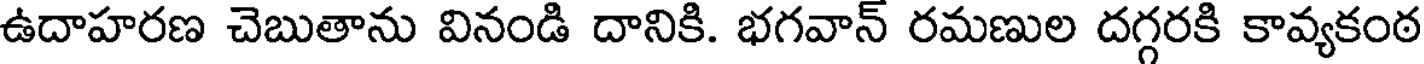
ఉదాహరణ చెబుతాను వినండి దానికి. భగవాన్ రమణుల దగ్గరకి కావ్యకంఠ